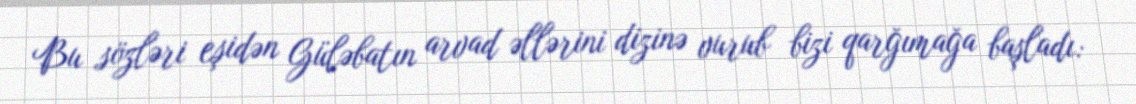
Bu sözləri eşidən Güləbatın arvad əllərini dizinə vurub bizi qarğımağa başladı: